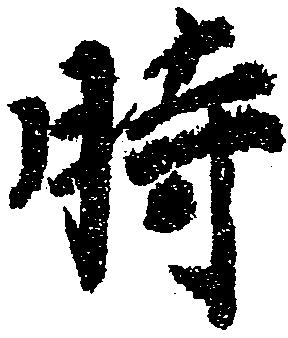
時